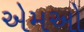
એમઓ